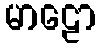
မာဠော